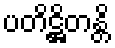
ပတိဋ္ဌိတန္တိ